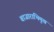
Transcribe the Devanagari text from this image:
बाजाराभिमुख